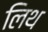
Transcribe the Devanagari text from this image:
लिथ